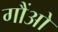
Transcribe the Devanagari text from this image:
गौंओ